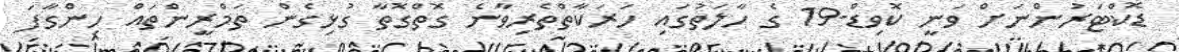
ޑޮކްޓަރުންނަށް ވަނީ ކޮވިޑް-19 ގެ ހާލަތުގައި ހަރަކާތްތެރިވާނެ ގޮތްގޮތާ ގުޅިގެން ތަމްރީންތައް ހިންގާފަ